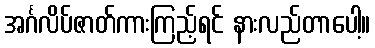
အင်္ဂလိပ်ဇာတ်ကားကြည့်ရင် နားလည်တာပေါ့။